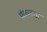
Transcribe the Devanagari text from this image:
पंकजचा